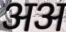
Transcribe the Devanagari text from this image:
अअ